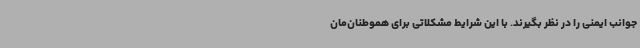
جوانب ایمنی را در نظر بگیرند. با این شرایط مشکلاتی برای هموطنان‌مان